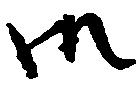
御